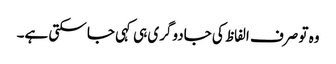
وہ تو صرف الفاظ کی جادوگری ہی کہی جا سکتی ہے۔